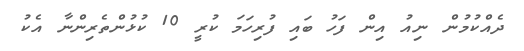
ދެއްކުމުން ނިއު އިން ފަހު ބައި ފުރިހަމަ ކުރީ 10 ކުޅުންތެރިންނާ އެކު